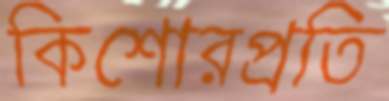
কিশোরপ্রতি